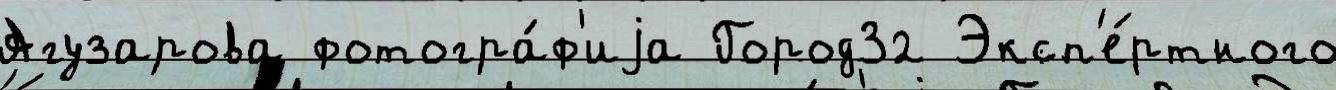
Агузарова фотогра́ф'иjа Город32 Эксп'е́ртного